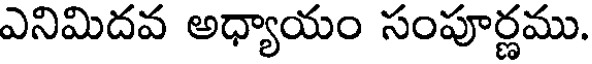
ఎనిమిదవ అధ్యాయం సంపూర్ణము.